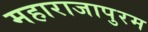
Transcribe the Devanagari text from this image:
महाराजापुरम